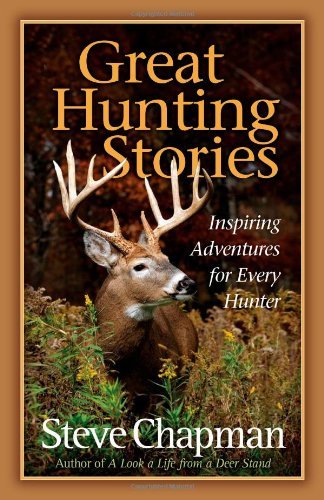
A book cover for Great Hunting Stories: Inspiring Adventures for Every Hunter; Steve Chapman; Literature & Fiction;